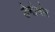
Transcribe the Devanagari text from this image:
डेनोथोर